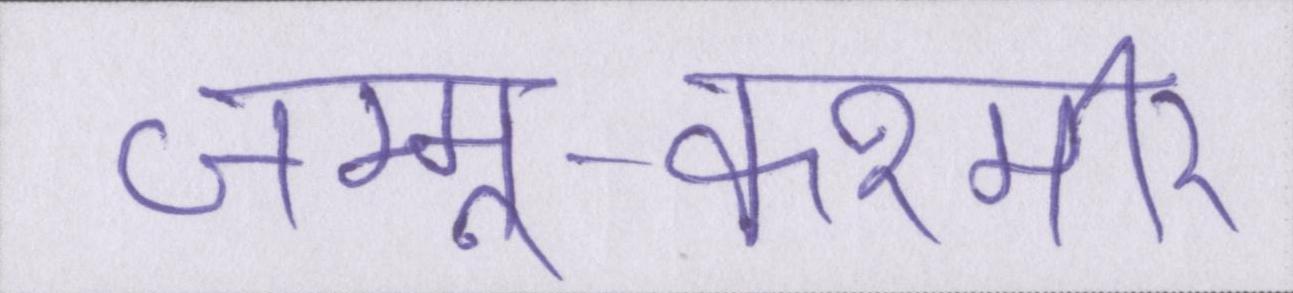
जम्मू-कश्मीर